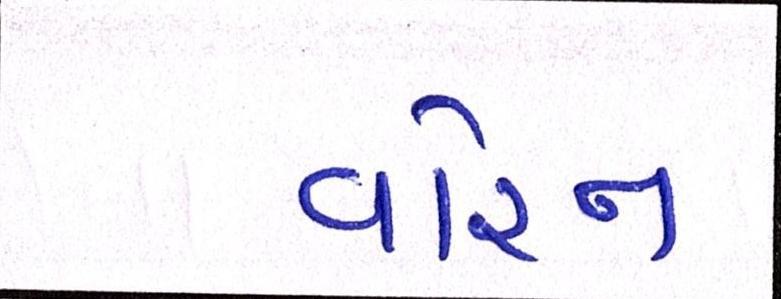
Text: વોરન